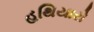
હથિયારો